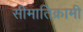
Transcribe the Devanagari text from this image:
सीमातिक्रामी